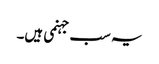
یہ سب جہنمی ہیں۔